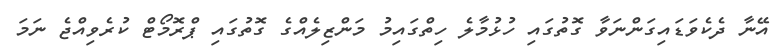
އޭނާ ދެކެވަޑައިގަންނަވާ ގޮތުގައި ހުޅުމާލެ ހިތްގައިމު މަންޒިލެއްގެ ގޮތުގައި ޕްރޮމޯޓް ކުރެވިއްޖެ ނަމަ